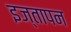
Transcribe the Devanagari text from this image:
इज्तापन